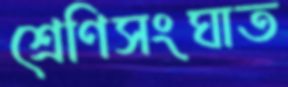
শ্রেণিসংঘাত